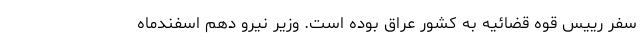
سفر رییس قوه قضائیه به کشور عراق بوده است. وزیر نیرو دهم اسفندماه